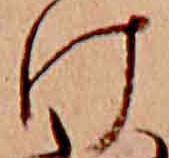
け